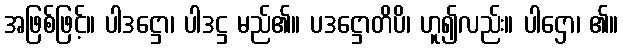
အဖြစ်ဖြင့်။ ပါဒဋ္ဌော၊ ပါဒဋ္ဌ မည်၏။ ပဒဋ္ဌောတိပိ၊ ဟူ၍လည်း။ ပါဌော၊ ၏။